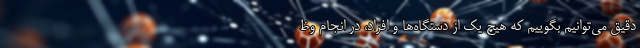
دقیق می‌توانیم بگوییم که هیچ یک از دستگاه‌ها و افراد، در انجام وظ